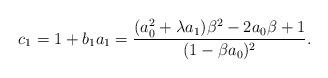
LaTeX: \begin{align*}c_{1}=1+b_{1}a_{1}=\frac{(a_{0}^{2}+\lambda a_{1})\beta^{2}-2a_{0}\beta+1}{(1-\beta a_{0})^{2}}.\end{align*}